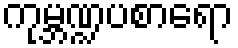
ကုမ္ဘဏ္ဍပစာရော